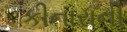
કીનારાની